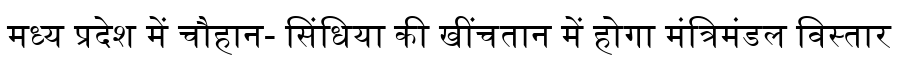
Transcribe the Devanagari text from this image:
मध्य प्रदेश में चौहान- सिंधिया की खींचतान में होगा मंत्रिमंडल विस्तार